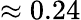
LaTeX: \approx 0.24